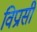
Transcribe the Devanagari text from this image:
विप्रासी